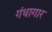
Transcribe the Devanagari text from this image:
गंथागार